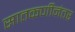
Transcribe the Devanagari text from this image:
सातकर्णीनंतर